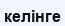
келінге